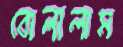
বোলালাম